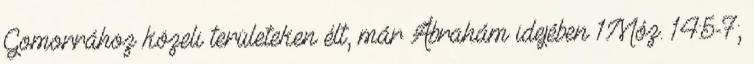
Gomorrához közeli területeken élt, már Ábrahám idejében 1Móz. 14:5-7;